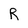
Character: R